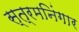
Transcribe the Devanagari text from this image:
स्त्रमनिंगार